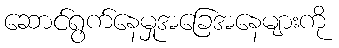
ဆောင်ရွက်နေမှုအခြေအနေများကို